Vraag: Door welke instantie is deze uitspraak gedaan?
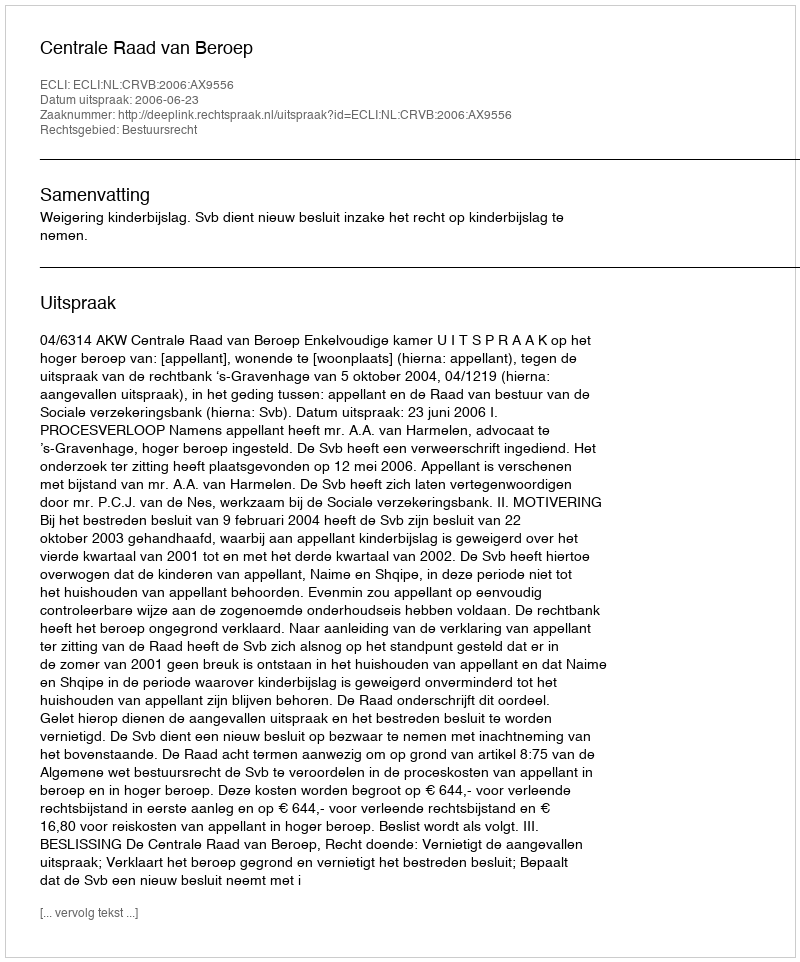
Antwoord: Centrale Raad van Beroep